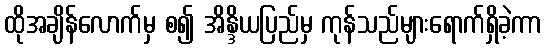
ထိုအချိန်လောက်မှ စ၍ အိန္ဒိယပြည်မှ ကုန်သည်များရောက်ရှိခဲ့ကာ